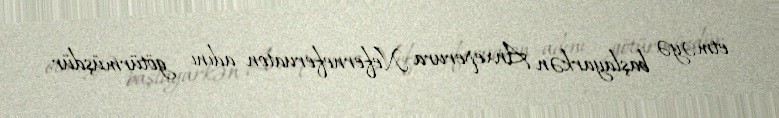
etməyə başlayarkən Anxeperura Neferneferuaton adını götürmüşdür.